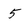
Character: 5